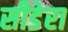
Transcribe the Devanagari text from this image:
सीडेरा